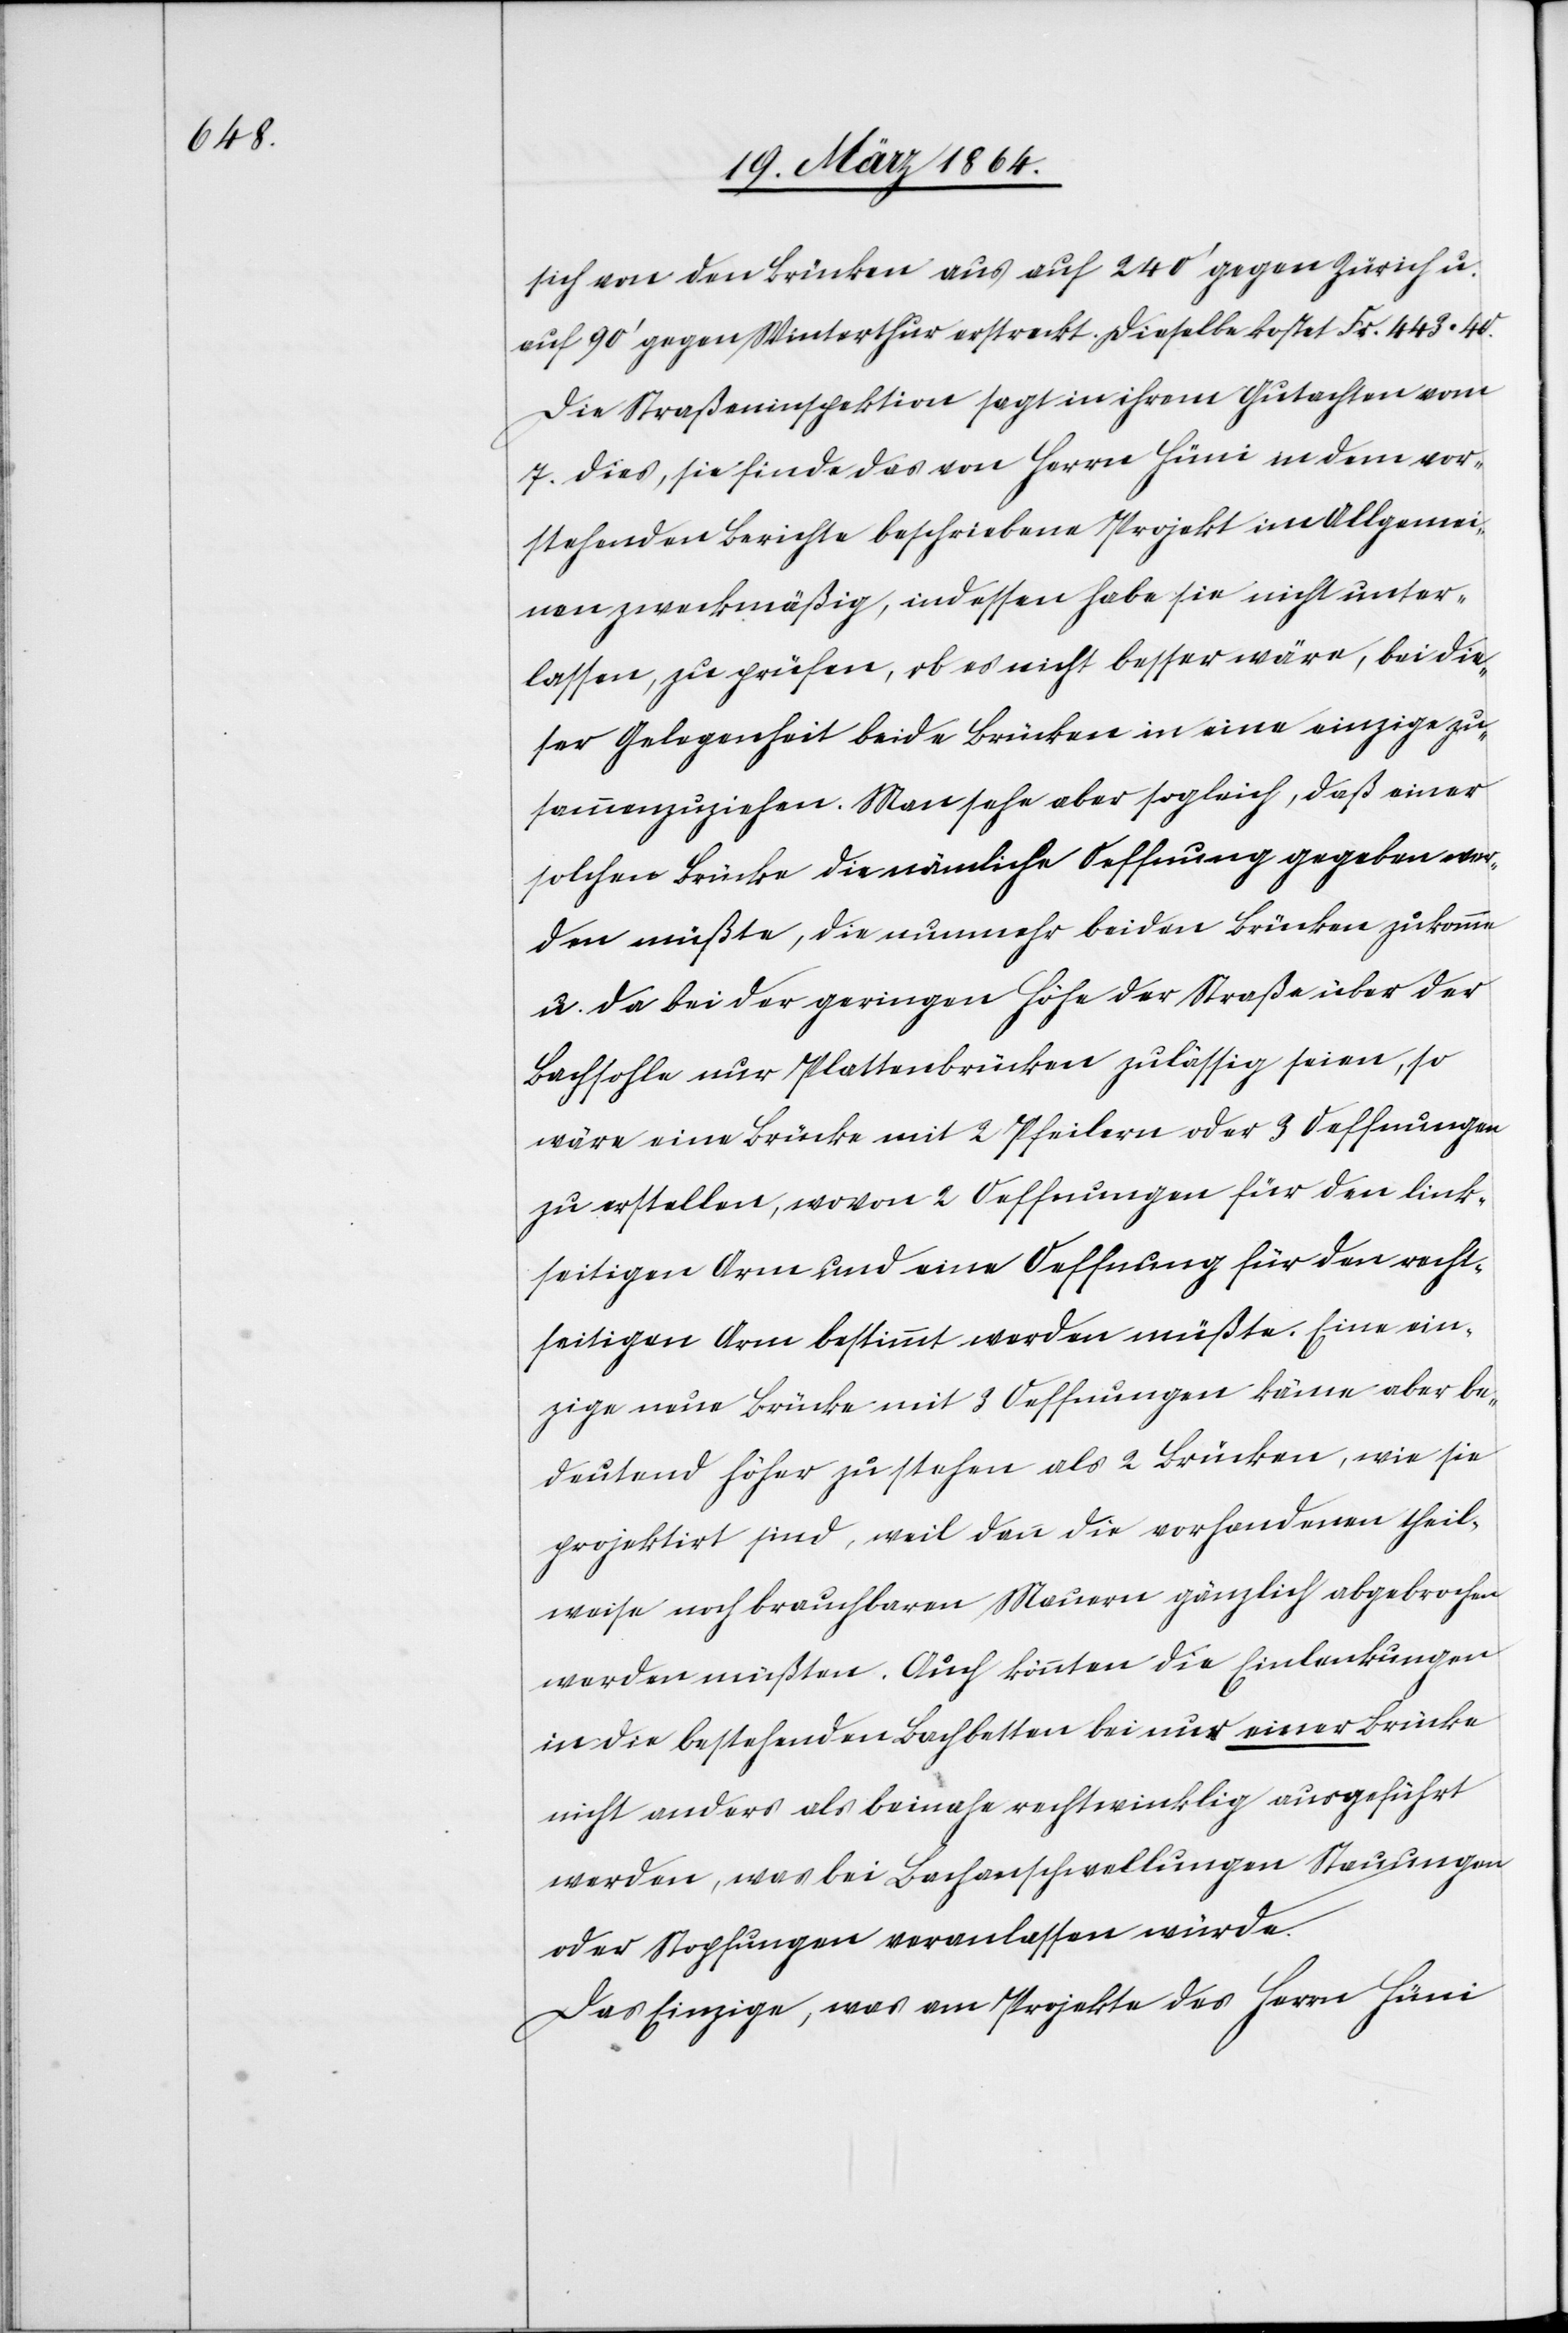
sich von den Brücken aus auf 240’ gegen Zürich u.
auf 90’ gegen Winterthur erstreckt. Dieselbe kostet Fr. 443 40.
Die Straßeninspektion sagt in ihrem Gutachten vom
7. dies, sie finde das von Herrn Hüni in dem vor¬
stehenden Berichte beschriebene Projekt im Allgemei¬
nen zweckmäßig, indessen habe sie nicht unter¬
lassen, zu prüfen, ob es nicht besser wäre, bei die¬
ser Gelegenheit beide Brücken in eine einzige zu¬
sammenzuziehen. Man sehe aber sogleich, daß einer
solchen Brücke die nämliche Oeffnung gegeben wer¬
den müßte, die nunmehr beiden Brücken zukomme
u. da bei der geringen Höhe der Straße über der
Bachsohle nur Plattenbrücken zulässig seien, so
wäre eine Brücke mit 2 Pfeilern oder 3 Oeffnungen
zu erstellen, wovon 2 Oeffnungen für den link¬
seitigen Arm und eine Oeffnung für recht¬
seitigen Arm bestimmt werden müßte. Eine ein¬
zige neue Brücke mit 3 Oeffnungen käme aber be¬
deutend höher zu stehen als 2 Brücken, wie sie
projektirt sind, weil dann die vorhandenen theil¬
weise noch brauchbaren Mauern gänzlich abgebrochen
werden müßten. Auch könnten die Einlenkungen
in die bestehenden Bachbetten bei nur einer Brücke
nicht anders als beinahe rechtwinklig ausgeführt
werden, was bei Bachanschwellungen Stauungen
oder Stopfungen veranlassen würde.
Das Einzige, was am Projekte des Herrn Hüni